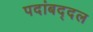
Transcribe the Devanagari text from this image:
पदांबद्दल